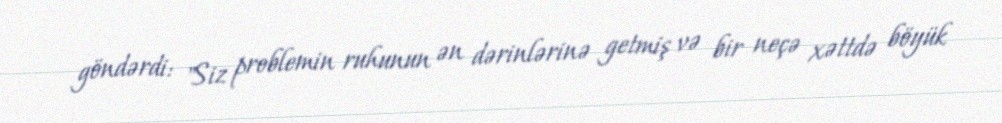
göndərdi: "Siz problemin ruhunun ən dərinlərinə getmiş və bir neçə xəttdə böyük